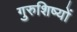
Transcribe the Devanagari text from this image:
गुरुशिष्यों